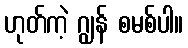
ဟုတ်ကဲ့ ဂျွန် စမစ်ပါ။